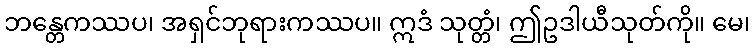
ဘန္တေကဿပ၊ အရှင်ဘုရားကဿပ။ ဣဒံ သုတ္တံ၊ ဤဥဒါယီသုတ်ကို။ မေ၊